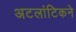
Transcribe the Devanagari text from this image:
अटलांटिकने